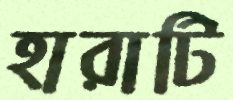
হারাটি